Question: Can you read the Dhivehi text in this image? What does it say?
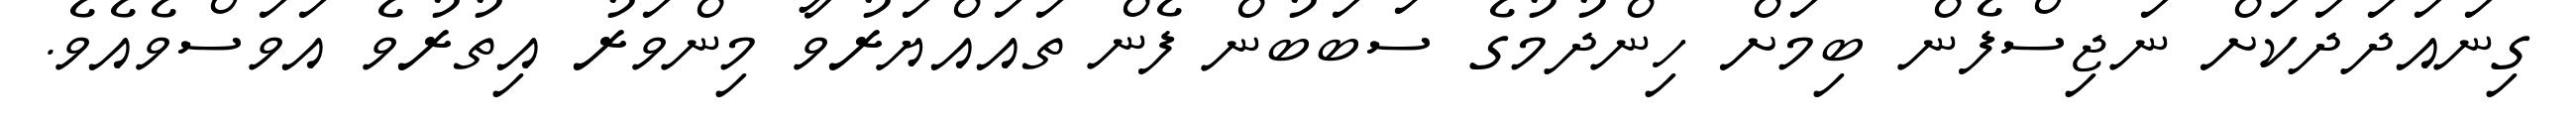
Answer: ގިނައަދަދަކަށް ނަޖިސްފެން ބިމަށް ހިންދުމުގެ ސަބަބުން ފެން ތައައްޔަރުވާ މިންވަރު އިތުރުވެ އަވަސްވެއެވެ.